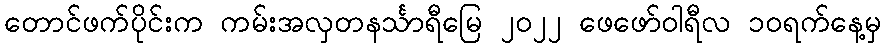
တောင်ဖက်ပိုင်းက ကမ်းအလှတနင်္သာရီမြေ ၂၀၂၂ ဖေဖော်ဝါရီလ ၁ဝရက်နေ့မှ